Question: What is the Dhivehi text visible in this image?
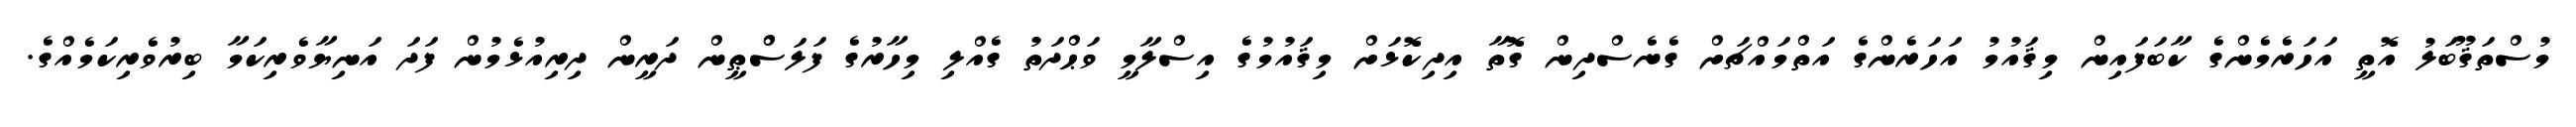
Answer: މުސްތަޤޫބަލު އޮތީ އަހަރެމެންގެ ކާބަފައިން މިޤައުމު އަހަރެންގެ އަތްމައްޗަށް ގެނެސްދިން ގޮތާ އިދިކޮޅަށް މިޤައުމުގެ އިސްލާމީ ވަޙްދަތު ގެއްލި މިހާރުގެ ފަލަސްްޠީން ދަރީން ދިރިއުޅެމުން ފަދަ އަނިޔާވެރިކަމާ ބިރުވެރިކަމެއްގެ.